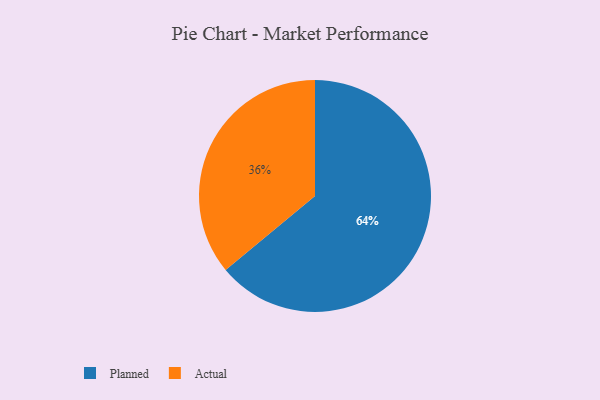
{"axis": {"x": "Category", "y": "Percentage"}, "legend": ["Actual", "Planned"], "data": [{"x": "Planned", "y": 64, "type": "Planned"}, {"x": "Actual", "y": 36, "type": "Actual"}]}